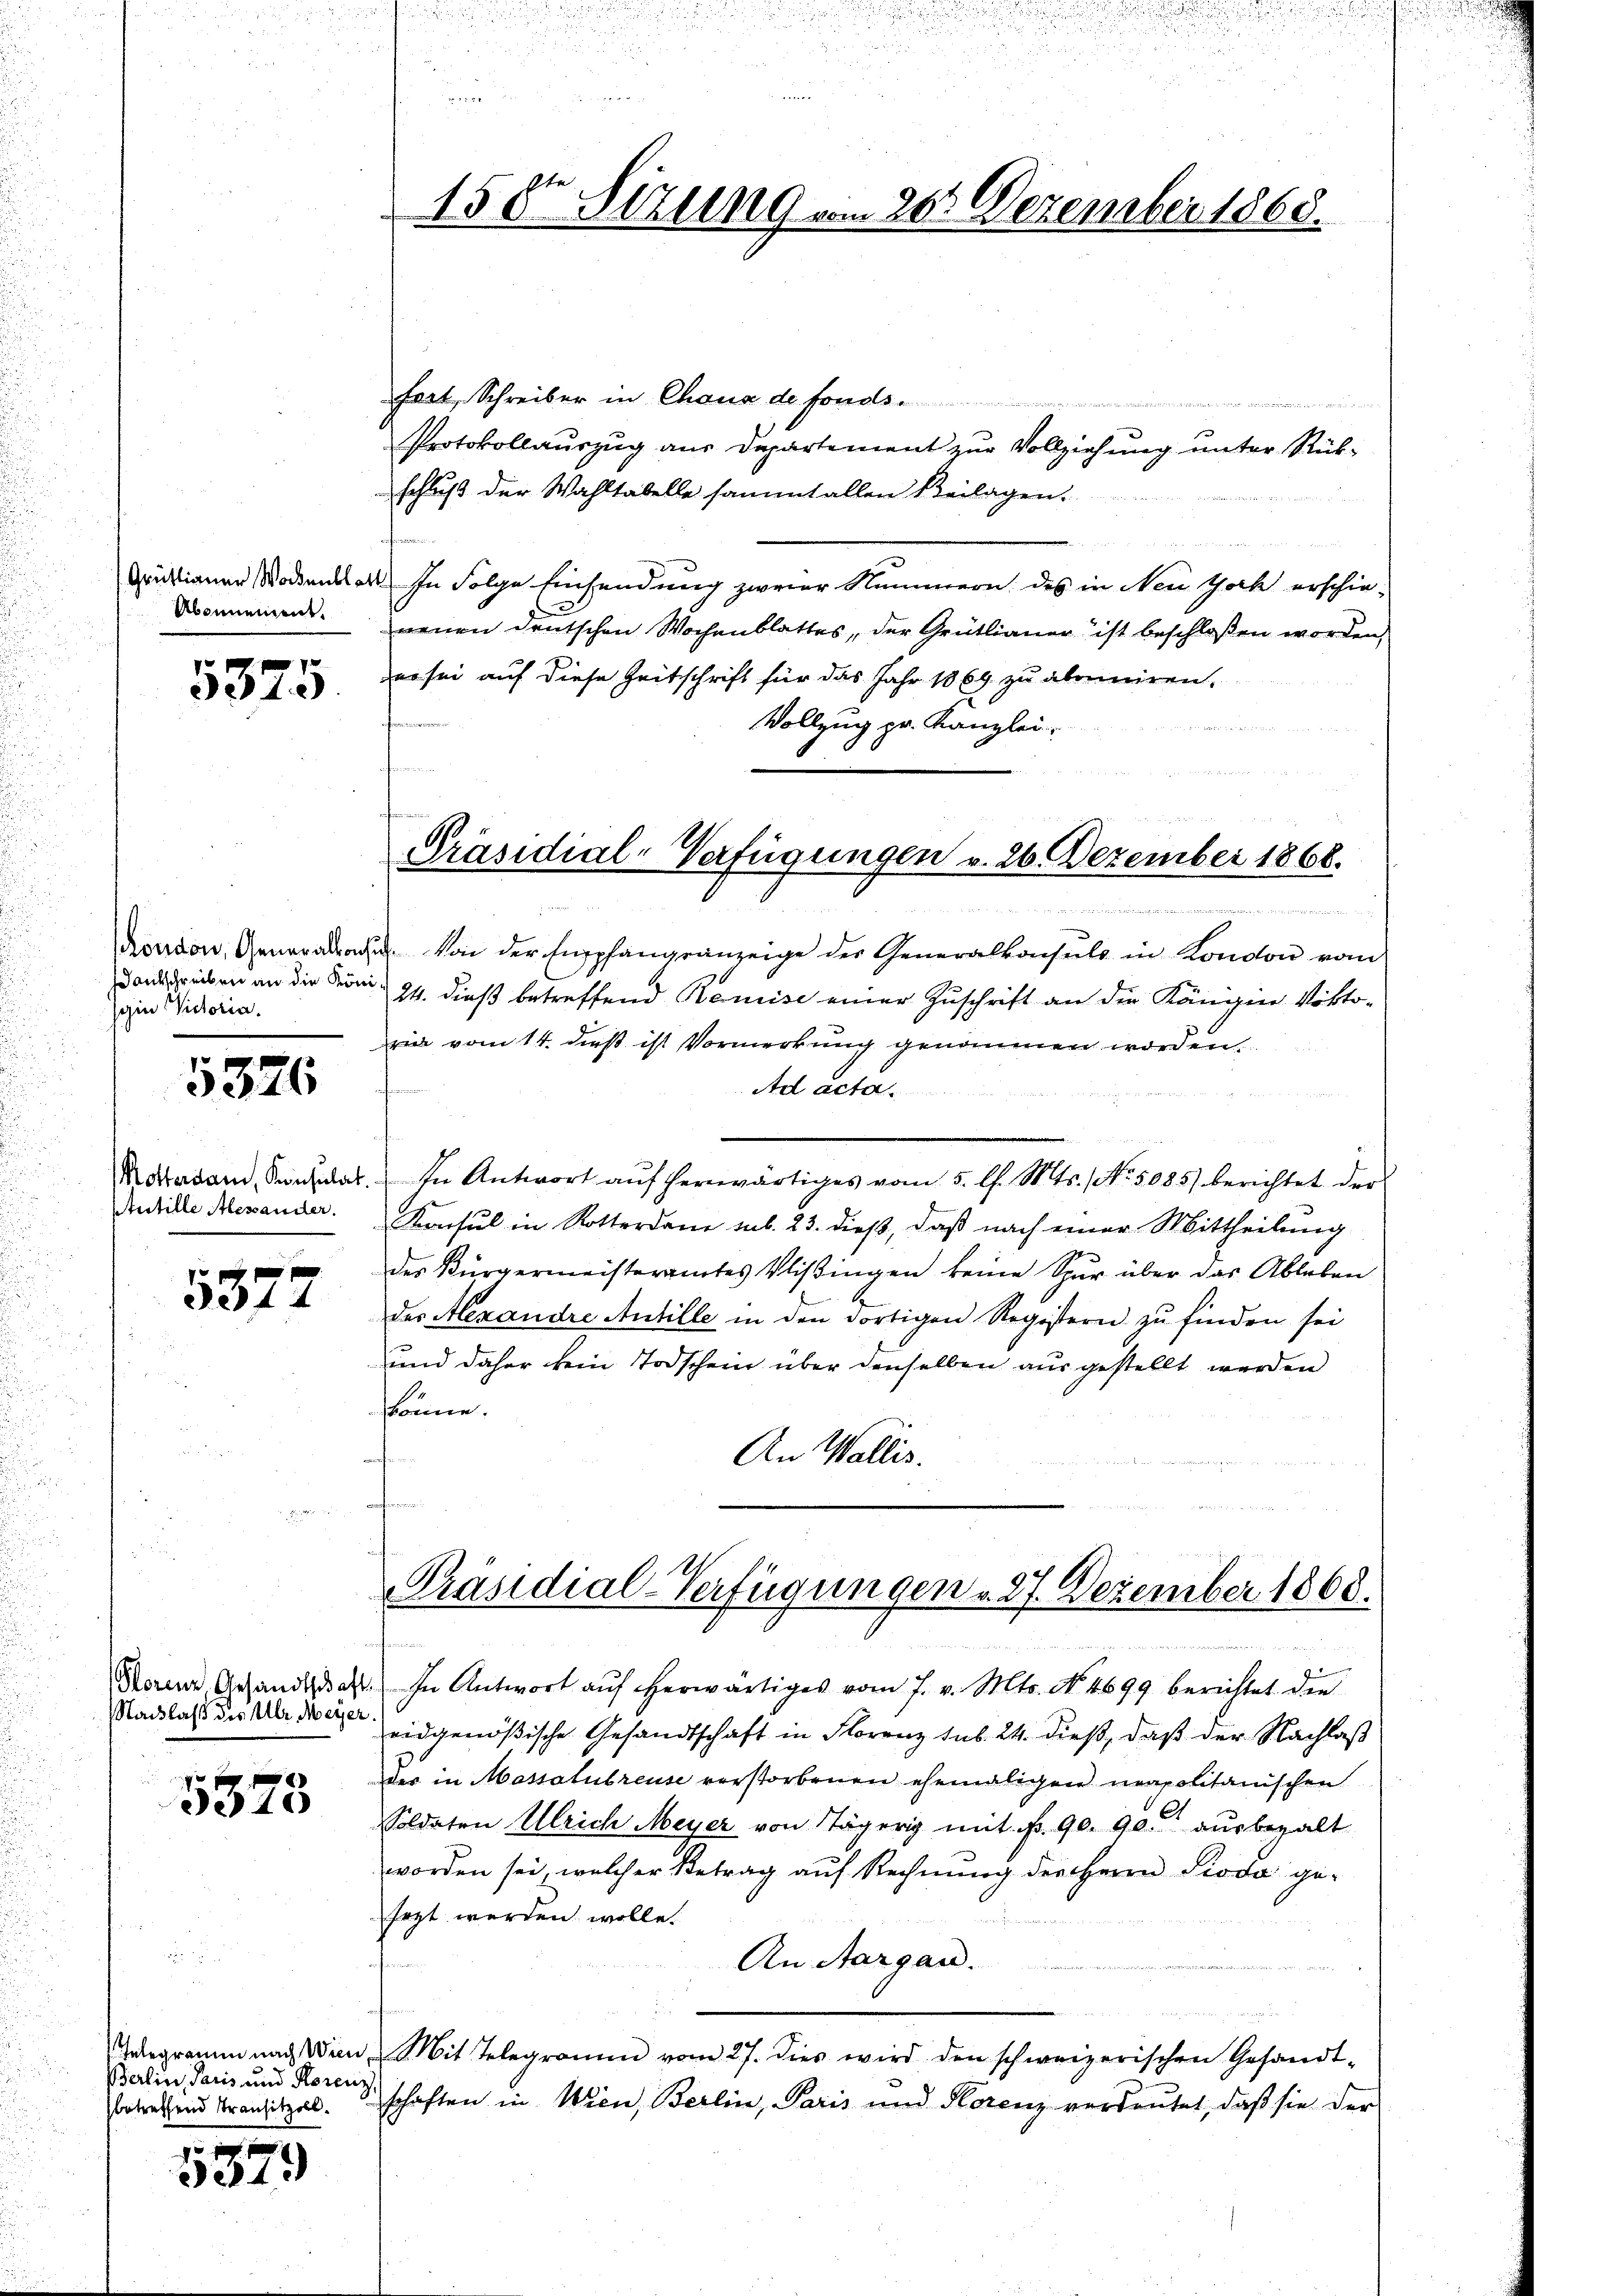
Grüflianer Waidentl.
Abonnement.

1
de1)

Phöndon, Generalkons
ankschreiben an die Köni
sohin Victoria.

5376

Rotterdam, Konsulat
Antille Alexander.

0 x
344

Nachlaß des Ulr. Meyer.

de 20

Berlin, Paris und Horenz
betreffend Transitzoll.

5379

15 der Sitzung vom 205 Dezember 1868.

fort, Schreiber in Chaux de fonds.
Protokollauszug aus Departement zur Vollziehung unter Rükschluß der Wahltabelle sammt allen Beilagen
d. In Folge Einsendung zweier Nummern des in Neu Joch erschieneuen deutschen Wochenblattes, der Grütlianer ist beschloßen worden,
zer sei auf diese Zeitschrift für das Jahr 1869 zu aberniren.
Vollzug pr. Kanzlei-
 Von der Empfangsanzeige der Generalkonsuls in Kondon vom
24. dieß betreffend Remise einer Zuschrift an die Königine Viktorie vom 14. dieß ist Vormerkung genommen worden.
Ad acta
u
In Antwort auf herwärtiges vom 5. l. Mts. No. 5085) berichtet der
Konsul in Rotterdame sub. 23. dieß, daß nach einer Mittheilung
des Bürgermeisteramtes Plißingen keine Spur über das Ableben
des Alexandre Antille in den dortigen Registern zu finden sei
und daher kein Todschein über denselben ausgestellt werden
könne.
An Wallis.
e

Präsidial-Verfügungen v. 26. Dezember 1868.

Präsidial-Verfügungen 27. Dezember 1868.

Morenz, Gesandtschaft. In Antwort aŭf herwärtiges vom 7. v. Mts. No. 4699 berichtet die
eidgenößische Gesandtschaft in Florenz sub. 24. dieß, daß der Nachlaß
des in Massalubreuse verstorbenen ehemaligen neapolitanischen
Soldaten Ulrich Meyer von Tägerig mit Nr. 90. 90. ausbezalt
worden sei, welcher Betrag auf Rechnung der Herrn Pioda gesezt werden wolle.
An Aargau.
Gelegramm nach Wien. Mit Telegramm vom 27. dies wird den schweizerischen Gesandt-
schaften in Wien, Berlin, Paris und Horenz verdaŭtet, daβ sie der